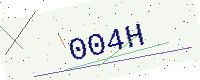
Text: 004H